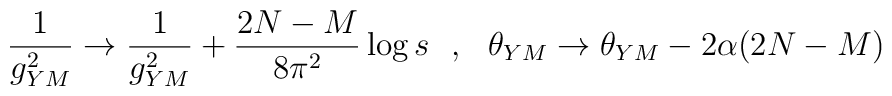
\frac{1}{g_{YM}^{2}} \rightarrow \frac{1}{g_{YM}^{2}} +\frac{2N-M}{8\pi^2} \log s~~,~~ \theta_{YM} \rightarrow \theta_{YM} - 2 \alpha (2N-M)